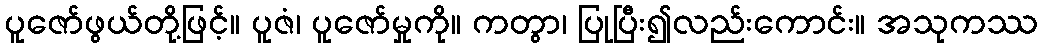
ပူဇော်ဖွယ်တို့ဖြင့်။ ပူဇံ၊ ပူဇော်မှုကို။ ကတွာ၊ ပြုပြီး၍လည်းကောင်း။ အသုကဿ